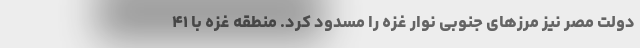
دولت مصر نیز مرزهای جنوبی نوار غزه را مسدود کرد. منطقه غزه با ۴۱